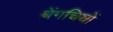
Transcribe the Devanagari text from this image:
बेंगचियों